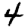
Digit: 4